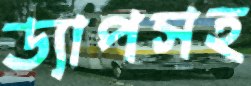
ড্যাপসহ